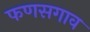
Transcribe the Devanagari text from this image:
फणसगाव